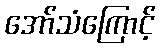
အော်သံကြောင့်